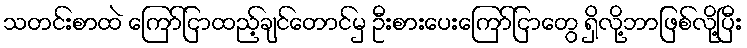
သတင်းစာထဲ ကြော်ငြာထည့်ချင်တောင်မှ ဦးစားပေးကြော်ငြာတွေ ရှိလို့ဘာဖြစ်လို့ပြီး